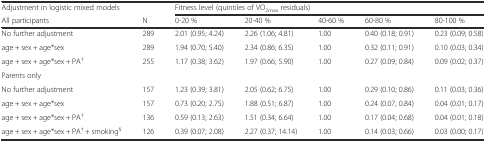
| Adjustment in logistic mixed models |  | <COLSPAN=5> Fitness level (quintiles of VO2max residuals) |
 | All participants | N | 0-20 % | 20-40 % | 40-60 % | 60-80 % | 80-100 % |
 | --- | --- | --- | --- | --- | --- | --- |
 | No further adjustment | 289 | 2.01 (0.95; 4.24) | 2.26 (1.06; 4.81) | 1.00 | 0.40 (0.18; 0.91) | 0.23 (0.09; 0.58) |
 | age + sex + age*sex | 289 | 1.94 (0.70; 5.40) | 2.34 (0.86; 6.35) | 1.00 | 0.32 (0.11; 0.91) | 0.10 (0.03; 0.34) |
 | age + sex + age*sex + PA† | 255 | 1.17 (0.38; 3.62) | 1.97 (0.66; 5.90) | 1.00 | 0.27 (0.09; 0.84) | 0.09 (0.02; 0.37) |
 | Parents only |  |  |  |  |  |  |
 | No further adjustment | 157 | 1.23 (0.39; 3.81) | 2.05 (0.62; 6.75) | 1.00 | 0.29 (0.10; 0.86) | 0.11 (0.03; 0.36) |
 | age + sex + age*sex | 157 | 0.73 (0.20; 2.75) | 1.88 (0.51; 6.87) | 1.00 | 0.24 (0.07; 0.84) | 0.04 (0.01; 0.17) |
 | age + sex + age*sex + PA† | 136 | 0.59 (0.13; 2.63) | 1.51 (0.34; 6.64) | 1.00 | 0.17 (0.04; 0.68) | 0.04 (0.01; 0.18) |
 | age + sex + age*sex + PA† + smoking§ | 126 | 0.39 (0.07; 2.08) | 2.27 (0.37; 14.14) | 1.00 | 0.14 (0.03; 0.66) | 0.03 (0.00; 0.17) |